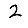
Digit: 2